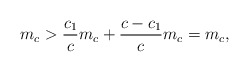
\begin{align*}m_c>\frac{c_1}{c}m_c+\frac{c-c_1}{c}m_c=m_c,\end{align*}